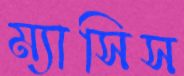
ম্যাসিস